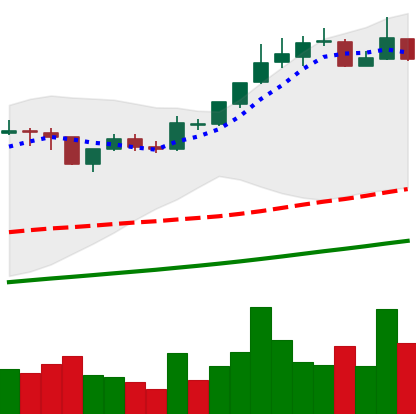
Ticker: BTC-USD
Chart end date: 2017-11-09
Forward return: -7.109%
Label: down_7plus